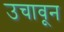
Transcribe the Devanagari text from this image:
उचावून